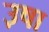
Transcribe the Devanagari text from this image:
उ़षा